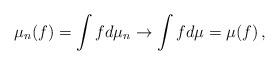
LaTeX: \begin{align*}\mu_n(f)=\int f d\mu_n \to \int f d\mu= \mu(f) \, ,\end{align*}